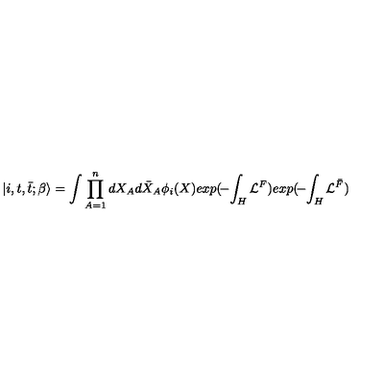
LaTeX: | i , t , { \bar { t } } ; \beta \rangle = \int \prod _ { A = 1 } ^ { n } d X _ { A } d { \bar { X } } _ { A } \phi _ { i } ( X ) e x p ( \! - \! \int _ { H } { \cal L } ^ { F } ) e x p ( \! - \! \int _ { H } { \cal L } ^ { \bar { F } } )